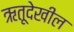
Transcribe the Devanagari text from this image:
ऋतूदेखील